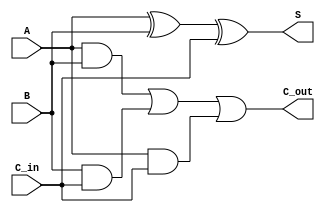
`timescale 1ns / 1ps
//////////////////////////////////////////////////////////////////////////////////
// Company: 
// Engineer: 
// 
// Design Name: 
// Module Name:    Full_adder 
// Project Name: 
// Target Devices: 
// Tool versions: 
// Description: 
//
// Dependencies: 
//
// Revision: 
// Revision 0.01 - File Created
// Additional Comments: 
//
//////////////////////////////////////////////////////////////////////////////////
module Full_adder(
    input A,
    input B,
    input C_in,
    output S,
    output C_out
    );
	 
	 wire ab, bc, ac, temp1, temp2;
	  
	 xor X1(temp1, A, B);
	 xor X2(S, temp1, C_in);
	 
	 and A1(ab, A, B);
	 and A2(ac, A, C_in);
	 and A3(bc, B, C_in);
	 or  O1(temp2, ab, bc);
	 or  O2(C_out, temp2, ac);

endmodule